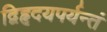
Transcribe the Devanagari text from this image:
द्विहृदयपर्यन्तं